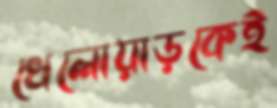
খেলোয়াড়কেই